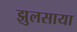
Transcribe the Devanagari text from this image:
झुलसाया